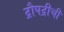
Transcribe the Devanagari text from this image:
द्रौपद्रीची